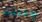
وجلبت